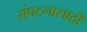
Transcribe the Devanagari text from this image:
संघटनासाठी